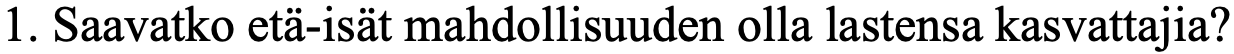
1. Saavatko etä-isät mahdollisuuden olla lastensa kasvattajia?